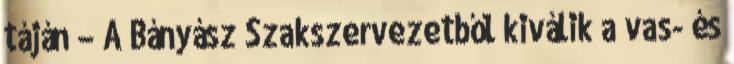
táján – A Bányász Szakszervezetből kiválik a vas- és